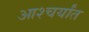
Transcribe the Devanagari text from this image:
आश्चर्यांत